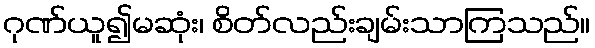
ဂုဏ်ယူ၍မဆုံး၊ စိတ်လည်းချမ်းသာကြသည်။